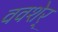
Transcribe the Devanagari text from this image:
ववशेर्